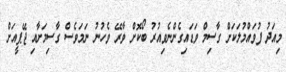
މިއަދު ފުވައްމުލަކަށް ގާސިމް ވަޑައިގެންނެވިއުރު ބޯކޮށް ވާރޭ ވެހުނު ނަމަވެސް ގާސިމަށާއި ޖޭޕީއަށް